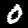
Digit: 0